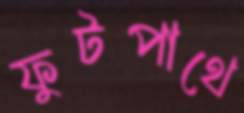
ফুটপাথে